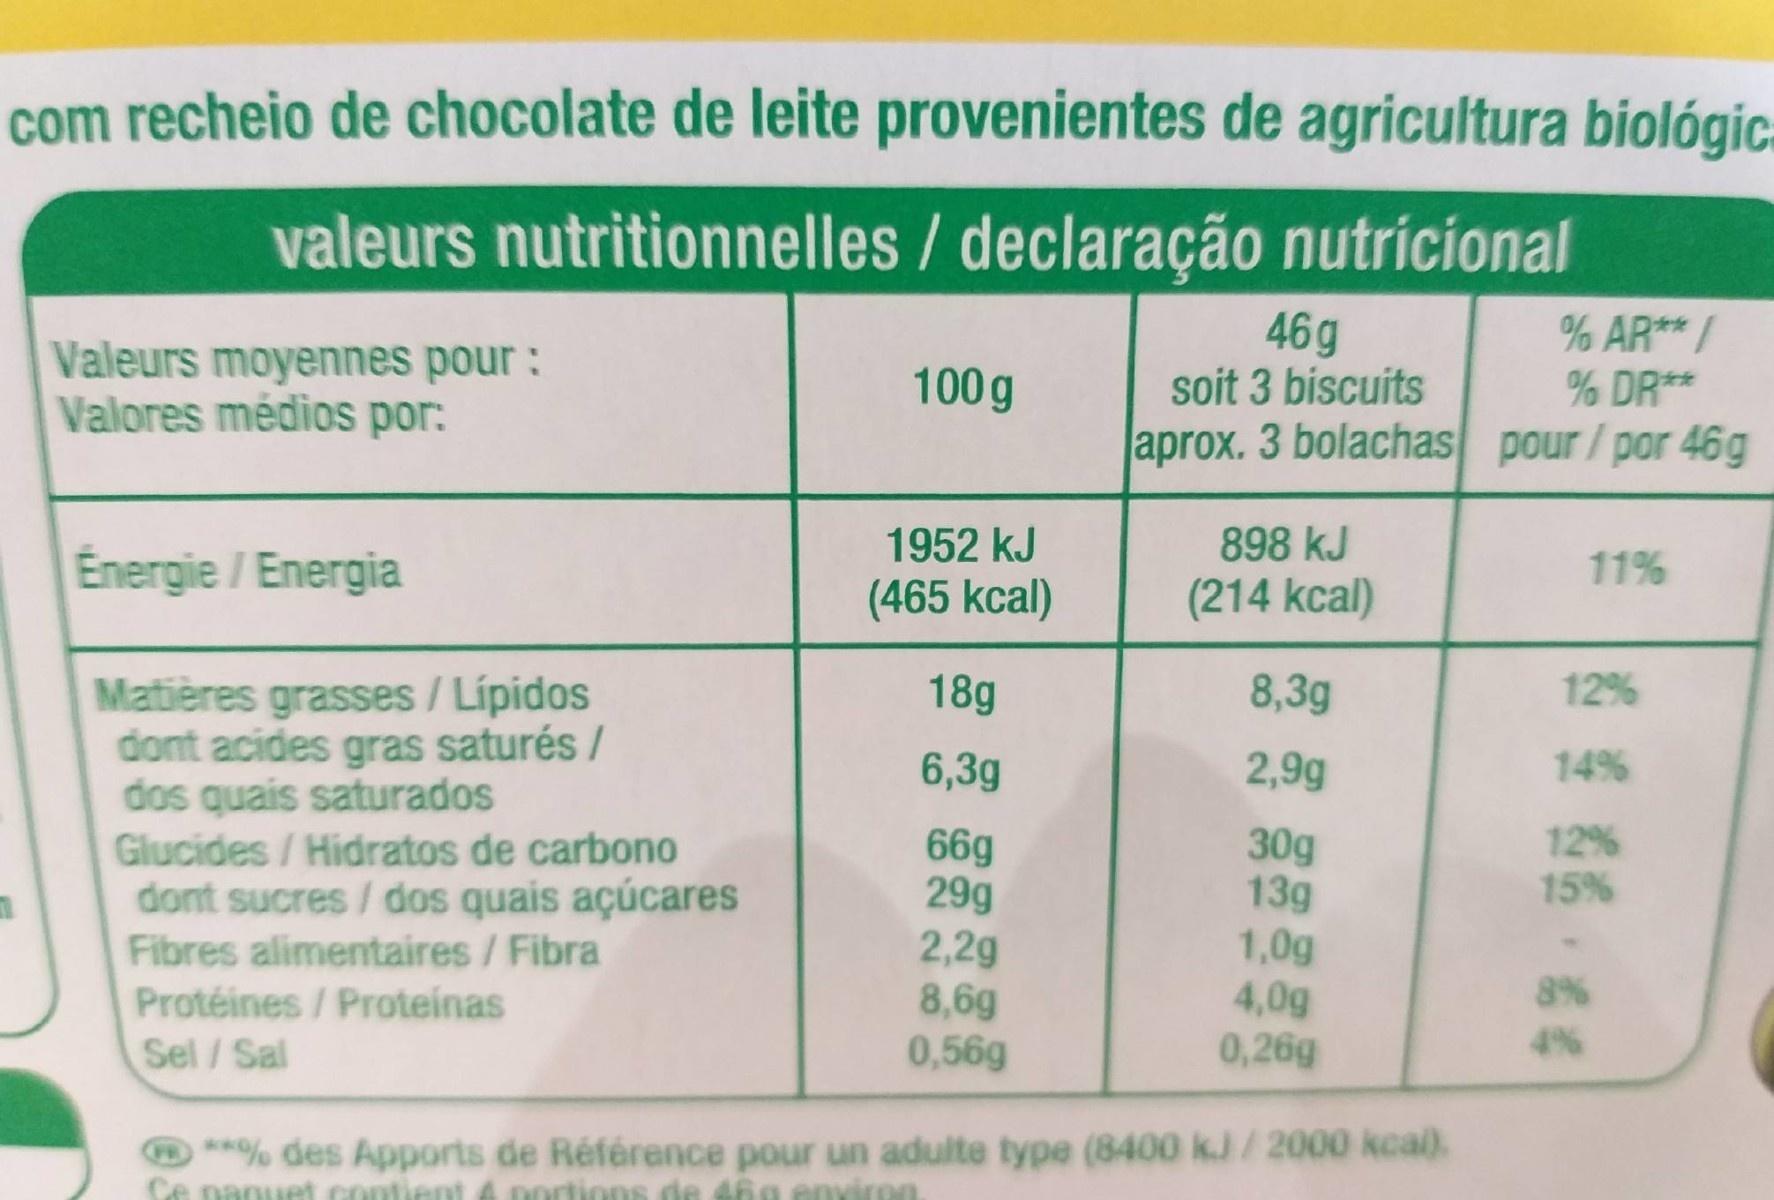
com recheio de chocolate de leite provenientes de agricultura biológic:
valeurs nutritionnelles / declaração nutricional
Valeurs moyennes pour : Valores médios por:
46g soit 3 biscuits
% AR**/ % DR**
100g
aprox. 3 bolachas pour/por 46g
1952 kJ
898 kJ
Energie / Energia
11%
(465 kcal)
(214 kcal)
18g
8,3g
12%
Matières grasses / Lípidos dont acides gras saturés / dos quais saturados Glucides/Hidratos de carbono dont sucres/ dos quais açúcares Fibres alimentaires/Fibra Protéines/Proteinas Sel/Sal
6,3g
2,9g
14%
12% 15%
66g 29g 2,2g 8,6g 0,56g
30g 13g 1,0g 4,0g 0,26g
8%
4%
O **% des Apports de Référence pour un adulte type (8400 kJ/2000 kcal). Ce nanuet contiernt
portions de tộg enyiren